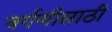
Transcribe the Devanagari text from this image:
वर्गणीसाठी